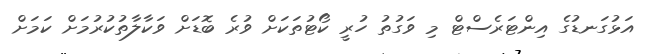
އަޅުގަނޑުގެ އިންޓަރެސްޓް މި ވަގުތު ހުރީ ކޯޓުތަކަށް ވުރެ ބޮޑަށް ވަކާލާތުކުރުމަށް ކަމަށް